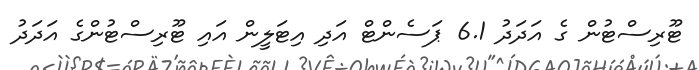
ޓޫރިސްޓުން ގެ އަދަދު 6.1 ޕަސެންޓް އަދި އިޓަލީން އައި ޓޫރިސްޓުންގެ އަދަދު